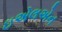
ઇએલએન